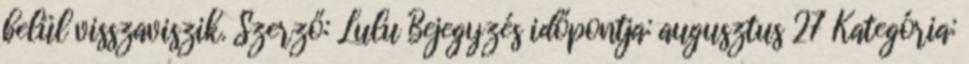
belül visszaviszik. Szerző: Lulu Bejegyzés időpontja: augusztus 27 Kategória: